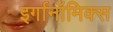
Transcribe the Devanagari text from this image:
इर्गानॉमिक्स